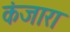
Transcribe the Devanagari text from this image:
कंजारा